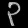
Digit: ၃